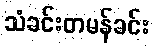
သံခင်းတမန်ခင်း